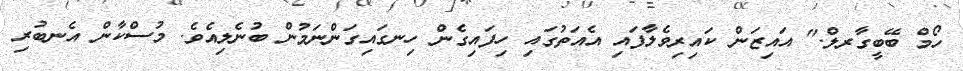
ހޯމް ބޭބީގާރލް." އައިޒަން ކައިރިވެލާފައި އެއަތުގައި ހިފައިގެން ހިނގައިގަންނަމުން ބުނެލިއެވެ. މުސްކާން އެނބުރި